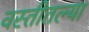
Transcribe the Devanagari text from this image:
वस्तीतल्या